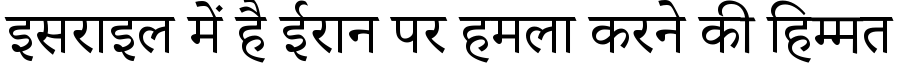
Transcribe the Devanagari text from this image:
इसराइल में है ईरान पर हमला करने की हिम्मत